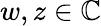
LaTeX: w,z\in\mathbb{C}